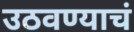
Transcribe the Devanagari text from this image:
उठवण्याचं